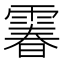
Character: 𩄄